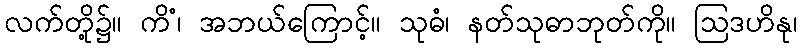
လက်တို့၌။ ကိံ၊ အဘယ်ကြောင့်။ သုဓံ၊ နတ်သုဓာဘုတ်ကို။ ဩဒဟိနု၊